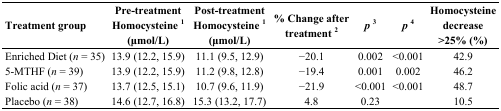
<table><thead><tr><td><b>Treatment group</b></td><td><b>Pre-treatment Homocysteine <sup>1</sup> (μmol/L)</b></td><td><b>Post-treatment Homocysteine <sup>1</sup> (μmol/L)</b></td><td><b>% Change after treatment <sup>2</sup></b></td><td><b><i>p</i><sup>3</sup></b></td><td><b><i>p</i><sup>4</sup></b></td><td><b>Homocysteine decrease &gt;25% (%)</b></td></tr></thead><tbody><tr><td>Enriched Diet (<i>n</i> = 35)</td><td>13.9 (12.2, 15.9)</td><td>11.1 (9.5, 12.9)</td><td>−20.1</td><td>0.002</td><td>&lt;0.001</td><td>42.9</td></tr><tr><td>5-MTHF (<i>n</i> = 39)</td><td>13.9 (12.2, 15.9)</td><td>11.2 (9.8, 12.8)</td><td>−19.4</td><td>0.001</td><td>0.002</td><td>46.2</td></tr><tr><td>Folic acid (<i>n</i> = 37)</td><td>13.7 (12.5, 15.1)</td><td>10.7 (9.6, 11.9)</td><td>−21.9</td><td>&lt;0.001</td><td>&lt;0.001</td><td>48.7</td></tr><tr><td>Placebo (<i>n</i> = 38)</td><td>14.6 (12.7, 16.8)</td><td>15.3 (13.2, 17.7)</td><td>4.8</td><td>0.23</td><td></td><td>10.5</td></tr></tbody></table>